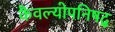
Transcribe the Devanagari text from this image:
कैवल्योपनिषद्